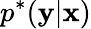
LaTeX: p^{*}(\mathbf{y}\vert\mathbf{x})